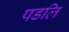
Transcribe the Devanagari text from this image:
पडलि